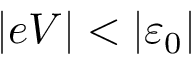
\vert e V \vert < \left\vert \varepsilon _ { 0 } \right\vert